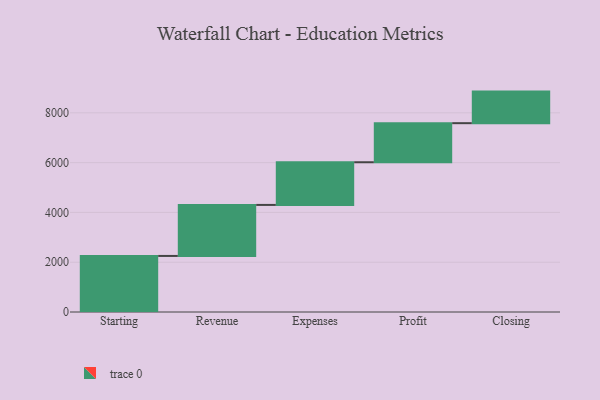
{"axis": {"x": "Step", "y": "Value"}, "legend": [""], "data": [{"x": "Starting", "y": 2252.0, "type": ""}, {"x": "Revenue", "y": 2049.0, "type": ""}, {"x": "Expenses", "y": 1714.0, "type": ""}, {"x": "Profit", "y": 1570.0, "type": ""}, {"x": "Closing", "y": 1268.0, "type": ""}]}